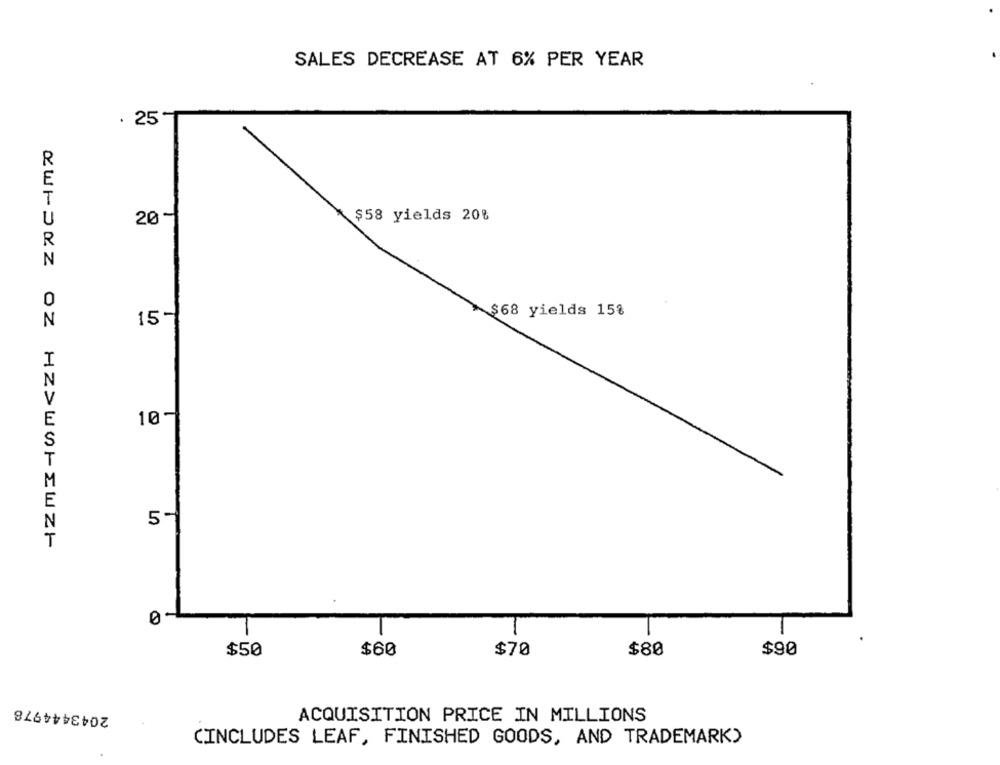
SALES DECREASE AT 6% PER YEAR
. 25
R
U
20-
$58 yields 20%
R
N
0
$68 yields 15%
N
15-
I
V
E
10-
E
2WIJKZ OZ HZ>WWFEWZ-
$50
$90
$60
$70
$80
2043444978
ACQUISITION PRICE IN MILLIONS
CINCLUDES LEAF, FINISHED GOODS, AND TRADEMARK)